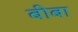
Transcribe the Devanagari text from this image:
बीबा